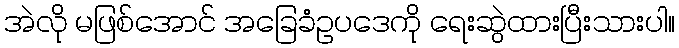
အဲလို မဖြစ်အောင် အခြေခံဥပဒေကို ရေးဆွဲထားပြီးသားပါ။